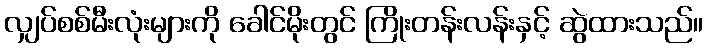
လျှပ်စစ်မီးလုံးများကို ခေါင်မိုးတွင် ကြိုးတန်းလန်းနှင့် ဆွဲထားသည်။